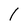
Character: 1